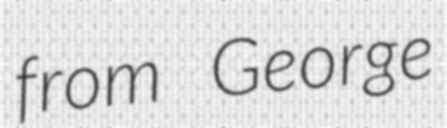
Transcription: from George